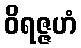
ဝိရဇ္ဇဟံ